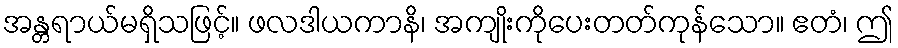
အန္တရာယ်မရှိသဖြင့်။ ဖလဒါယကာနိ၊ အကျိုးကိုပေးတတ်ကုန်သော။ ဧတံ၊ ဤ